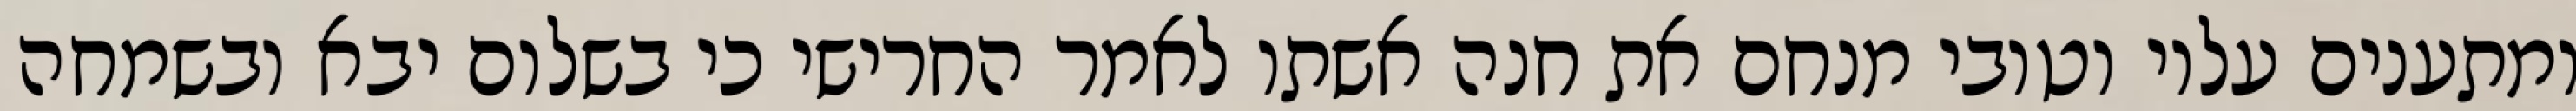
ומתענים עליו וטובי מנחם את חנה אשתו לאמר החרישי כי בשלום יבא ובשמחה